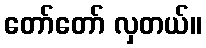
တော်တော် လှတယ်။